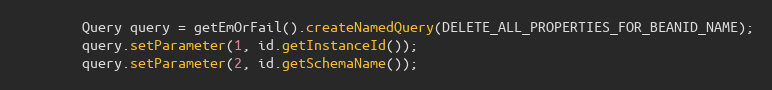
Language: Java
        Query query = getEmOrFail().createNamedQuery(DELETE_ALL_PROPERTIES_FOR_BEANID_NAME);
        query.setParameter(1, id.getInstanceId());
        query.setParameter(2, id.getSchemaName());